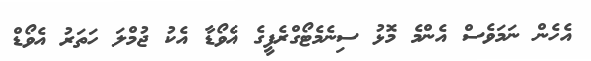
އެހެން ނަމަވެސް އެންމެ މޮޅު ސިނެމެޓޯގްރެފީގެ އެވޯޑާ އެކު ޖުމްލަ ހަތަރު އެވޯޑް